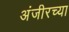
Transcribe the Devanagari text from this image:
अंजीरच्या